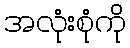
အလုံးစုံကို